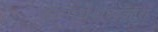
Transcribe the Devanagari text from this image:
नानार्थशब्दकोश